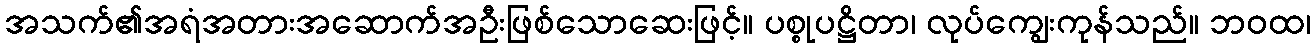
အသက်၏အရံအတားအဆောက်အဦးဖြစ်သောဆေးဖြင့်။ ပစ္စုပဋ္ဌိတာ၊ လုပ်ကျွေးကုန်သည်။ ဘဝထ၊